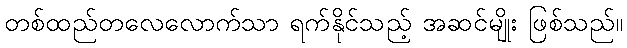
တစ်ထည်တလေလောက်သာ ရက်နိုင်သည့် အဆင်မျိုး ဖြစ်သည်။